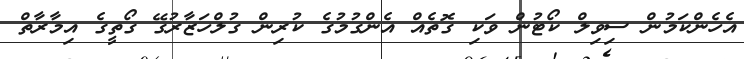
އެހެންކަމުން ސިވިލް ކޯޓުން ވަކި ގޮތެއް އެންގުމުގެ ކުރިން ގުލްހަޒާރުގޭ ގޯތީގެ އިމާރާތް